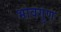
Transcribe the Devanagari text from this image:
भावगुण